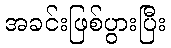
အခင်းဖြစ်ပွားပြီး